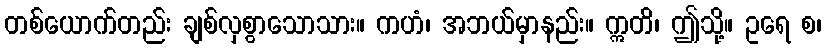
တစ်ယောက်တည်း ချစ်လှစွာသောသား။ ကဟံ၊ အဘယ်မှာနည်း။ ဣတိ၊ ဤသို့။ ဥရေ စ၊